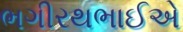
ભગીરથભાઈએ